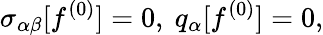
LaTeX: \sigma_{\alpha\beta}[f^{(0)}]=0,\ q_{\alpha}[f^{(0)}]=0,